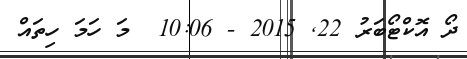
ދޯ އޮކްޓޯބަރު 22